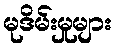
မုဒိမ်းမှုများ